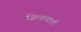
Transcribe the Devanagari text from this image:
जिल्हयाची